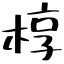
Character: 椁